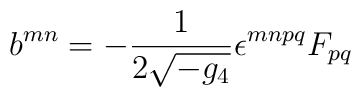
b^{mn} = -\frac{1}{2\sqrt{-g_{4}}}\epsilon^{mnpq}F_{pq}